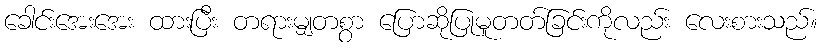
ခေါင်းအေးအေး ထားပြီး တရားမျှတစွာ ပြောဆိုပြုမူတတ်ခြင်းကိုလည်း လေးစားသည်။